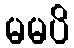
မမပိ